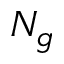
N _ { g }